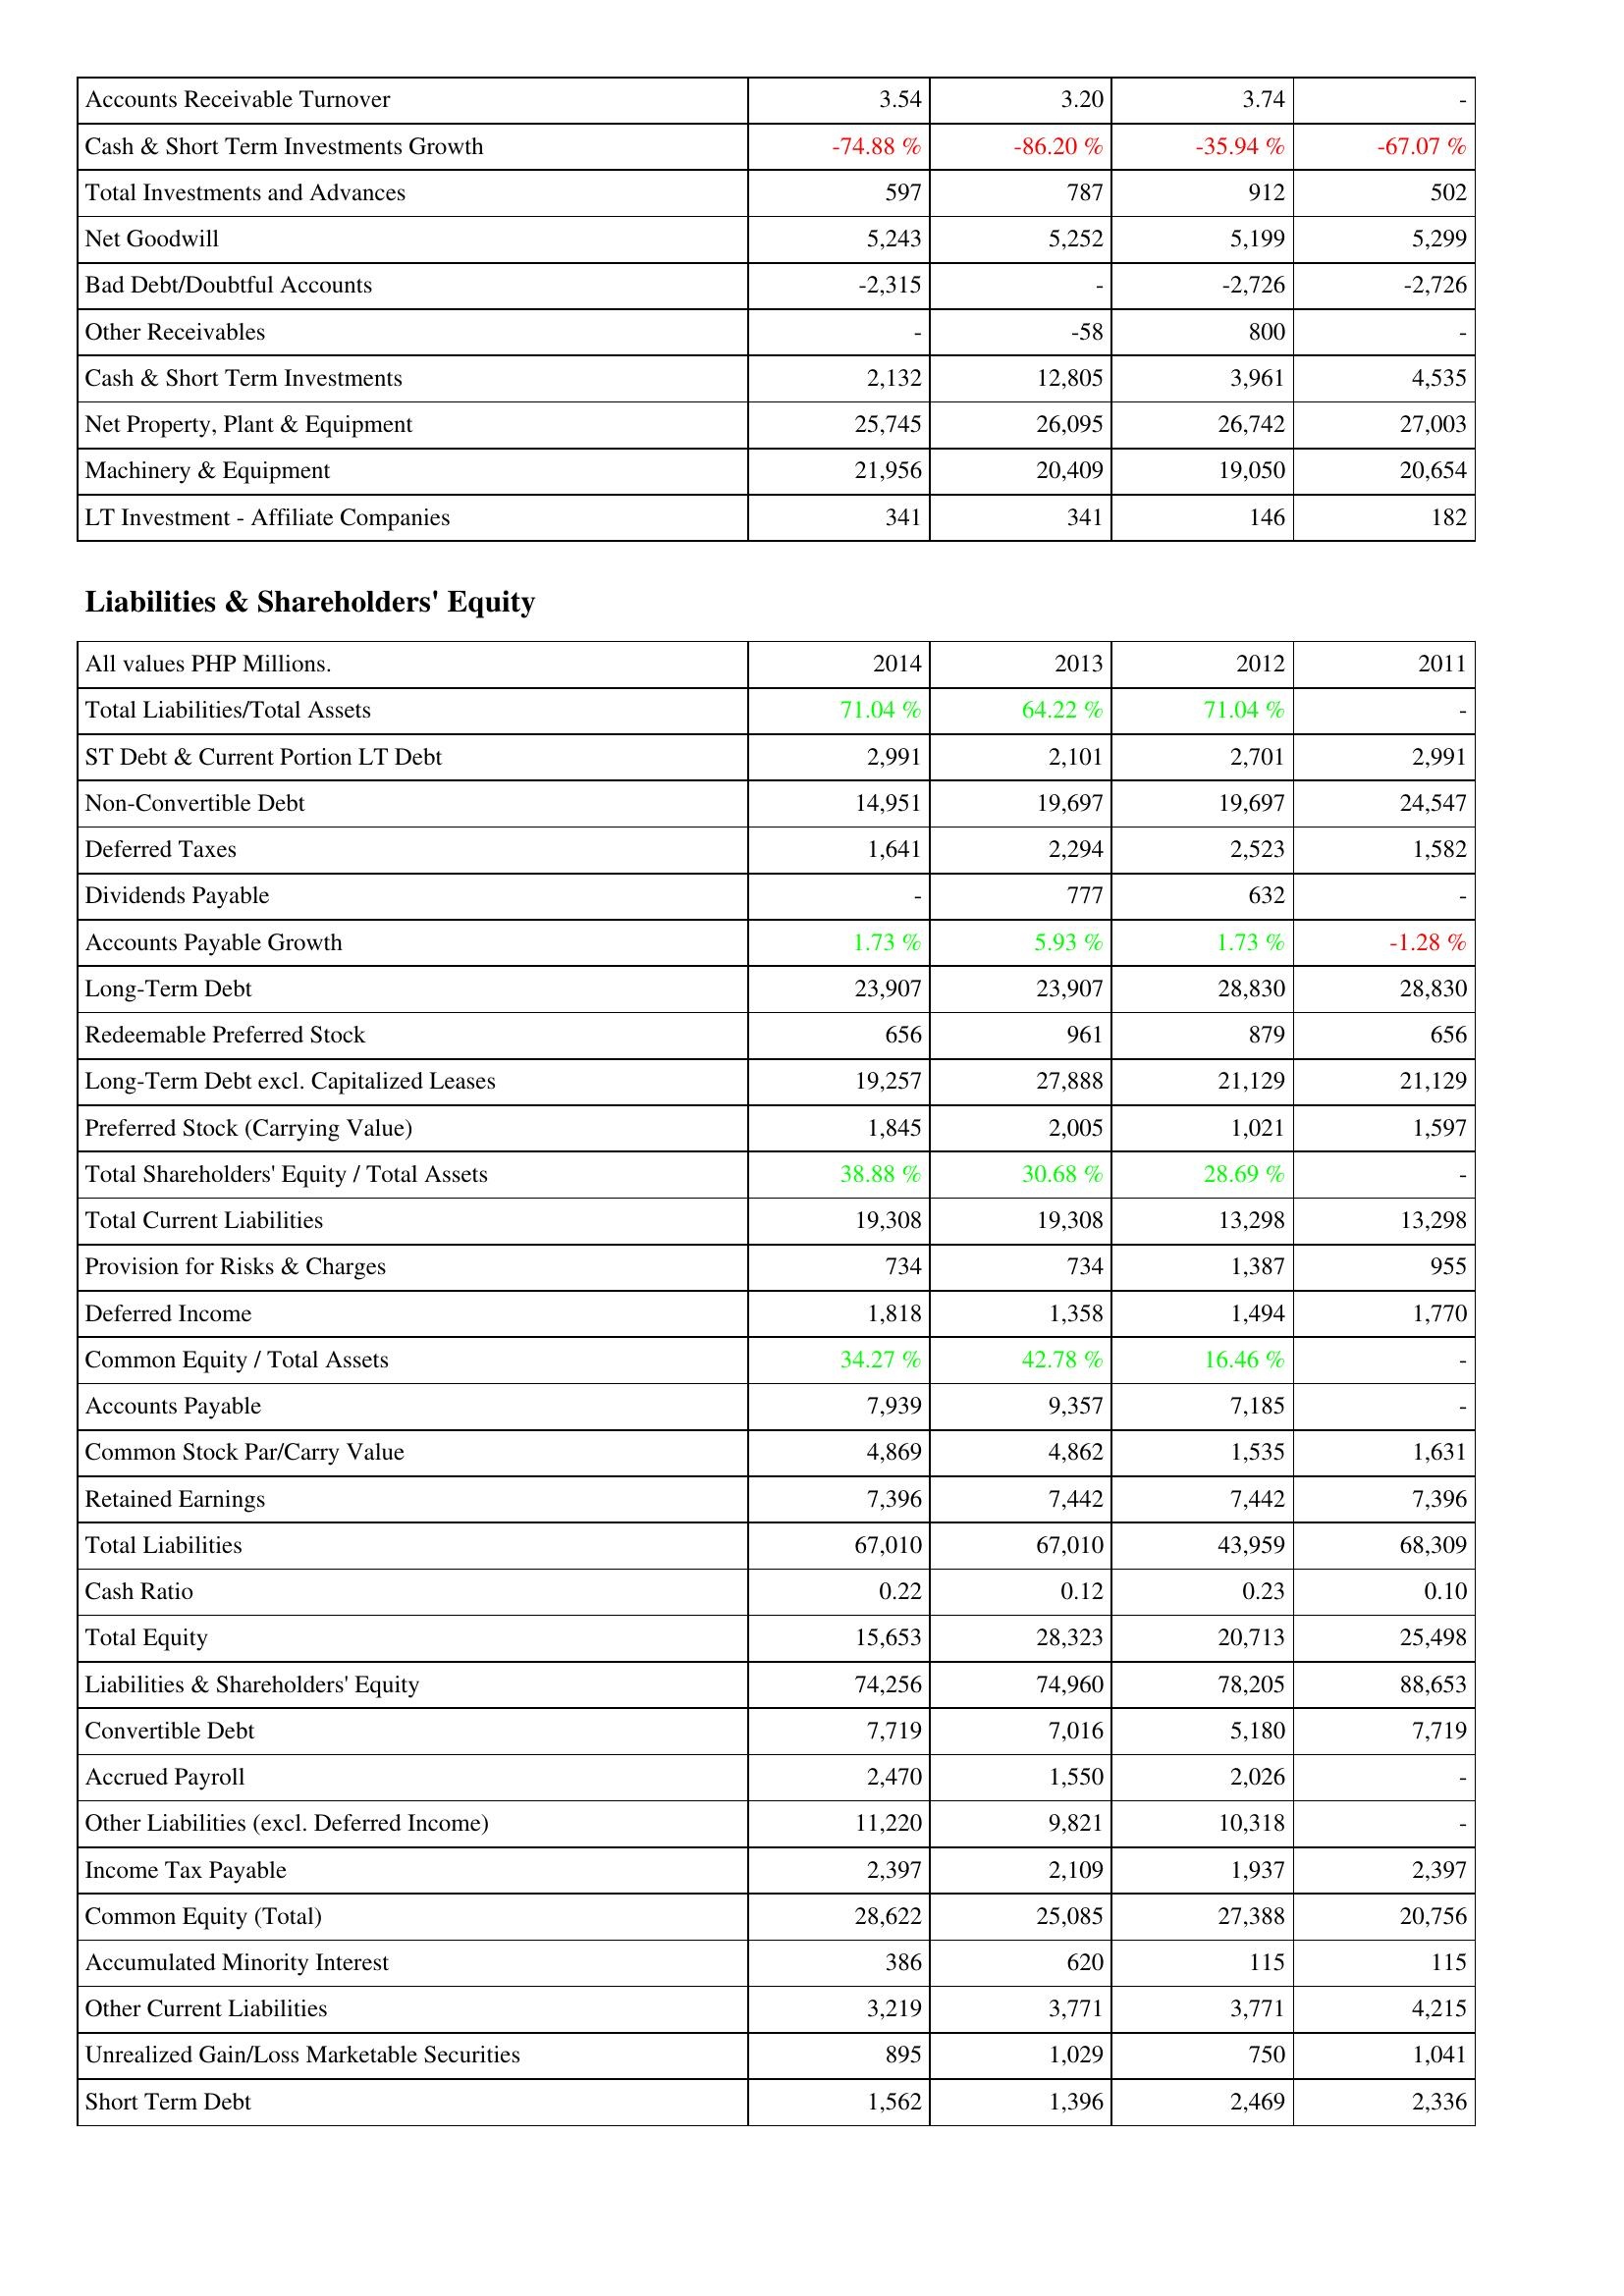
2014: Assets: Accounts Receivable Turnover: 3.54
Cash & Short Term Investments Growth: -74.88 %
Total Investments and Advances: 597
Net Goodwill: 5,243
Bad Debt/Doubtful Accounts: -2,315
Other Receivables: -
Cash & Short Term Investments: 2,132
Net Property, Plant & Equipment: 25,745
Machinery & Equipment: 21,956
LT Investment - Affiliate Companies: 341
Liabilities & Shareholders' Equity: Total Liabilities/Total Assets: 71.04 %
ST Debt & Current Portion LT Debt: 2,991
Non-Convertible Debt: 14,951
Deferred Taxes: 1,641
Dividends Payable: -
Accounts Payable Growth: 1.73 %
Long-Term Debt: 23,907
Redeemable Preferred Stock: 656
Long-Term Debt excl. Capitalized Leases: 19,257
Preferred Stock (Carrying Value): 1,845
Total Shareholders' Equity / Total Assets: 38.88 %
Total Current Liabilities: 19,308
Provision for Risks & Charges: 734
Deferred Income: 1,818
Common Equity / Total Assets: 34.27 %
Accounts Payable: 7,939
Common Stock Par/Carry Value: 4,869
Retained Earnings: 7,396
Total Liabilities: 67,010
Cash Ratio: 0.22
Total Equity: 15,653
Liabilities & Shareholders' Equity: 74,256
Convertible Debt: 7,719
Accrued Payroll: 2,470
Other Liabilities (excl. Deferred Income): 11,220
Income Tax Payable: 2,397
Common Equity (Total): 28,622
Accumulated Minority Interest: 386
Other Current Liabilities: 3,219
Unrealized Gain/Loss Marketable Securities: 895
Short Term Debt: 1,562
2013: Assets: Accounts Receivable Turnover: 3.20
Cash & Short Term Investments Growth: -86.20 %
Total Investments and Advances: 787
Net Goodwill: 5,252
Bad Debt/Doubtful Accounts: -
Other Receivables: -58
Cash & Short Term Investments: 12,805
Net Property, Plant & Equipment: 26,095
Machinery & Equipment: 20,409
LT Investment - Affiliate Companies: 341
Liabilities & Shareholders' Equity: Total Liabilities/Total Assets: 64.22 %
ST Debt & Current Portion LT Debt: 2,101
Non-Convertible Debt: 19,697
Deferred Taxes: 2,294
Dividends Payable: 777
Accounts Payable Growth: 5.93 %
Long-Term Debt: 23,907
Redeemable Preferred Stock: 961
Long-Term Debt excl. Capitalized Leases: 27,888
Preferred Stock (Carrying Value): 2,005
Total Shareholders' Equity / Total Assets: 30.68 %
Total Current Liabilities: 19,308
Provision for Risks & Charges: 734
Deferred Income: 1,358
Common Equity / Total Assets: 42.78 %
Accounts Payable: 9,357
Common Stock Par/Carry Value: 4,862
Retained Earnings: 7,442
Total Liabilities: 67,010
Cash Ratio: 0.12
Total Equity: 28,323
Liabilities & Shareholders' Equity: 74,960
Convertible Debt: 7,016
Accrued Payroll: 1,550
Other Liabilities (excl. Deferred Income): 9,821
Income Tax Payable: 2,109
Common Equity (Total): 25,085
Accumulated Minority Interest: 620
Other Current Liabilities: 3,771
Unrealized Gain/Loss Marketable Securities: 1,029
Short Term Debt: 1,396
2012: Assets: Accounts Receivable Turnover: 3.74
Cash & Short Term Investments Growth: -35.94 %
Total Investments and Advances: 912
Net Goodwill: 5,199
Bad Debt/Doubtful Accounts: -2,726
Other Receivables: 800
Cash & Short Term Investments: 3,961
Net Property, Plant & Equipment: 26,742
Machinery & Equipment: 19,050
LT Investment - Affiliate Companies: 146
Liabilities & Shareholders' Equity: Total Liabilities/Total Assets: 71.04 %
ST Debt & Current Portion LT Debt: 2,701
Non-Convertible Debt: 19,697
Deferred Taxes: 2,523
Dividends Payable: 632
Accounts Payable Growth: 1.73 %
Long-Term Debt: 28,830
Redeemable Preferred Stock: 879
Long-Term Debt excl. Capitalized Leases: 21,129
Preferred Stock (Carrying Value): 1,021
Total Shareholders' Equity / Total Assets: 28.69 %
Total Current Liabilities: 13,298
Provision for Risks & Charges: 1,387
Deferred Income: 1,494
Common Equity / Total Assets: 16.46 %
Accounts Payable: 7,185
Common Stock Par/Carry Value: 1,535
Retained Earnings: 7,442
Total Liabilities: 43,959
Cash Ratio: 0.23
Total Equity: 20,713
Liabilities & Shareholders' Equity: 78,205
Convertible Debt: 5,180
Accrued Payroll: 2,026
Other Liabilities (excl. Deferred Income): 10,318
Income Tax Payable: 1,937
Common Equity (Total): 27,388
Accumulated Minority Interest: 115
Other Current Liabilities: 3,771
Unrealized Gain/Loss Marketable Securities: 750
Short Term Debt: 2,469
2011: Assets: Accounts Receivable Turnover: -
Cash & Short Term Investments Growth: -67.07 %
Total Investments and Advances: 502
Net Goodwill: 5,299
Bad Debt/Doubtful Accounts: -2,726
Other Receivables: -
Cash & Short Term Investments: 4,535
Net Property, Plant & Equipment: 27,003
Machinery & Equipment: 20,654
LT Investment - Affiliate Companies: 182
Liabilities & Shareholders' Equity: Total Liabilities/Total Assets: -
ST Debt & Current Portion LT Debt: 2,991
Non-Convertible Debt: 24,547
Deferred Taxes: 1,582
Dividends Payable: -
Accounts Payable Growth: -1.28 %
Long-Term Debt: 28,830
Redeemable Preferred Stock: 656
Long-Term Debt excl. Capitalized Leases: 21,129
Preferred Stock (Carrying Value): 1,597
Total Shareholders' Equity / Total Assets: -
Total Current Liabilities: 13,298
Provision for Risks & Charges: 955
Deferred Income: 1,770
Common Equity / Total Assets: -
Accounts Payable: -
Common Stock Par/Carry Value: 1,631
Retained Earnings: 7,396
Total Liabilities: 68,309
Cash Ratio: 0.10
Total Equity: 25,498
Liabilities & Shareholders' Equity: 88,653
Convertible Debt: 7,719
Accrued Payroll: -
Other Liabilities (excl. Deferred Income): -
Income Tax Payable: 2,397
Common Equity (Total): 20,756
Accumulated Minority Interest: 115
Other Current Liabilities: 4,215
Unrealized Gain/Loss Marketable Securities: 1,041
Short Term Debt: 2,336